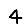
Digit: 4